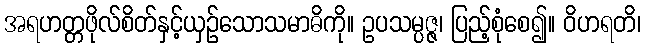
အရဟတ္တဖိုလ်စိတ်နှင့်ယှဉ်သောသမာဓိကို။ ဥပသမ္ပဇ္ဇ၊ ပြည့်စုံစေ၍။ ဝိဟရတိ၊